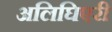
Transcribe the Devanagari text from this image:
अलिघिएरी